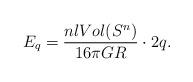
LaTeX: \begin{align*}E_q =\frac{nl Vol(S^n)}{16\pi GR}\cdot 2q.\end{align*}